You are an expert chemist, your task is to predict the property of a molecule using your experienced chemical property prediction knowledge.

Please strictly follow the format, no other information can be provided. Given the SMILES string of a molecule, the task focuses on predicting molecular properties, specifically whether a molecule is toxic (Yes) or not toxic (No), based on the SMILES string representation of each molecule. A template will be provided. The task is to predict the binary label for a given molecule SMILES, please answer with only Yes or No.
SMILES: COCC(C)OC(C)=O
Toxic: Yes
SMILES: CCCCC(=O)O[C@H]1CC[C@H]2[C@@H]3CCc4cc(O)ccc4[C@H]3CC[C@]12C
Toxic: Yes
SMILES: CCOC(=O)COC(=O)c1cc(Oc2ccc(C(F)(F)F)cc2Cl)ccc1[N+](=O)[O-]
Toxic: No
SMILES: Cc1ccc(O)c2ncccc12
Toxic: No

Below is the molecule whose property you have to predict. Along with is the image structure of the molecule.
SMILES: CCCCN(CCCC)CCCCCCN(CCCC)CCCC
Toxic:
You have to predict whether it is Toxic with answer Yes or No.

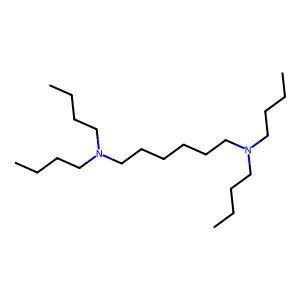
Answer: No